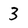
Character: 3